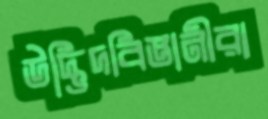
উদ্ভিদবিজ্ঞানীরা